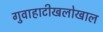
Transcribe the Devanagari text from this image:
गुवाहाटीखलोखाल